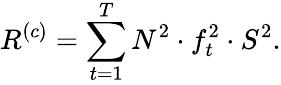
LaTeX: R^{(c)}=\sum_{t=1}^{T}N^{2}\cdot f_{t}^{2}\cdot S^{2}.